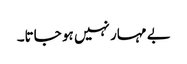
بے مہار نہیں ہو جاتا۔